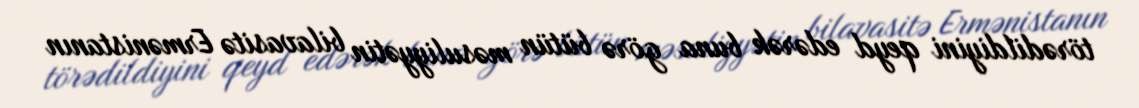
törədildiyini qeyd edərək buna görə bütün məsuliyyətin bilavasitə Ermənistanın